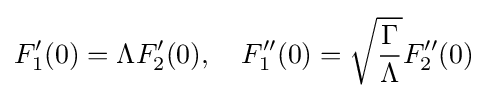
F_{1}'(0)=\Lambda F_{2}'(0),\quad F_{1}''(0)={\sqrt {\frac {\Gamma }{\Lambda }}}F_{2}''(0)